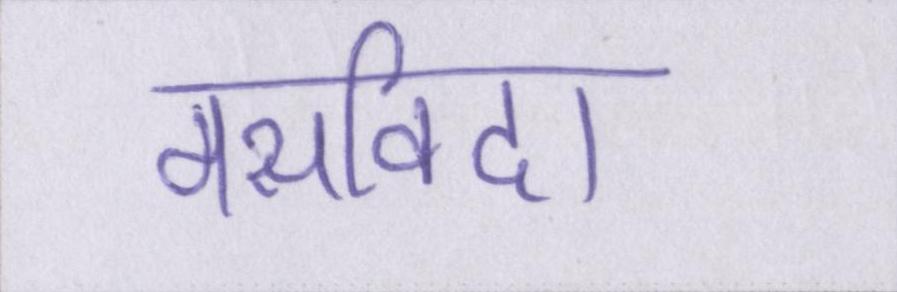
मसविदा